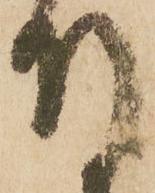
付